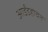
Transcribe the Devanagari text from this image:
आईंडहोवन